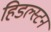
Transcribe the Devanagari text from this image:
हिडल्स्टन